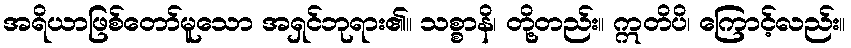
အရိယာဖြစ်တော်မူသော အရှင်ဘုရား၏။ သစ္စာနိ၊ တို့တည်း။ ဣတိပိ၊ ကြောင့်လည်း။